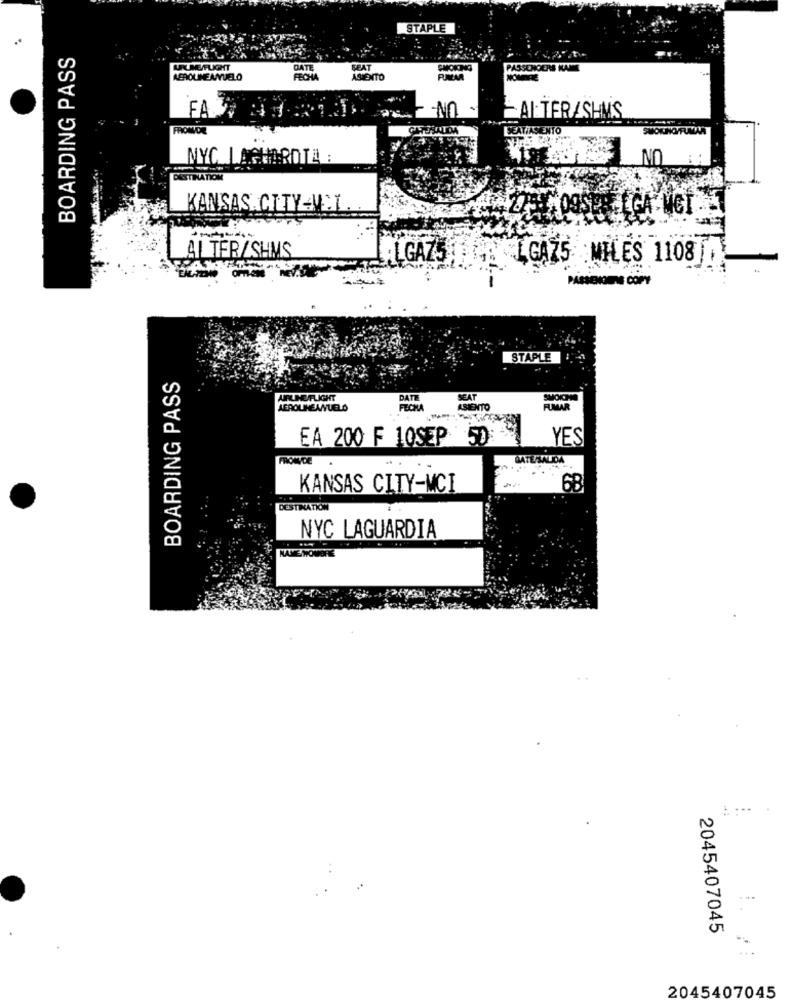
STAPLE
BOARDING PASS
URLME/FLIGHT
DATE
FFAT
CMOICING
SSENDERS KAMM
AEROLINE ANDELO
ASIENTO
FA
NO
ALTERASHMS
FROMDE
SEATIASIENTO
NYC LASHARDTA :
NO
KANSAS CITY 4L.L.
AL TERASHMS
: LGAZ5
GAZ5 MILES 1108
PASSENGERS COPY
STAPLE
BOARDING PASS
AIRLINE FLIGHT
DATE
SEAT
FECHA
ASIENTO
EA 200 F 10SEP 50:
YES
KANSAS CITY-MCI
6B
STINATION
NYC LAGUARDIA
NAME WOWORE
2045407045
2045407045